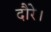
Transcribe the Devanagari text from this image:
दौरे।